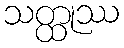
သတ္ထုဿ